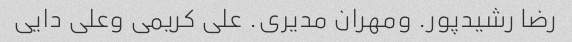
رضا رشیدپور. ومهران مدیری. علی کریمی وعلی دایی